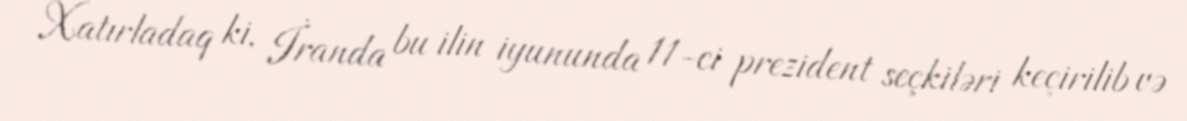
Xatırladaq ki, İranda bu ilin iyununda 11-ci prezident seçkiləri keçirilib və